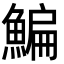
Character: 鯿